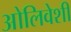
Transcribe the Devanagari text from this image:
ओलिवेशी